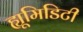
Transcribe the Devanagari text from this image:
ह्यूमिडिटी